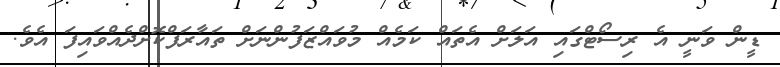
ޑީން ވަނީ އެ ރިސޯޓްގައި އަލަށް އެތައް ކަމެއް މުވައްޒަފުންނަށް ތައާރަފްކޮށްދެއްވައިފަ އެވެ.